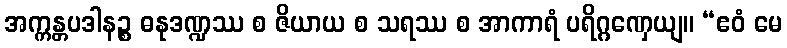
အက္ကန္တပဒါနဉ္စ ဓနုဒဏ္ဍဿ စ ဇိယာယ စ သရဿ စ အာကာရံ ပရိဂ္ဂဏှေယျ။ “ဧဝံ မေ